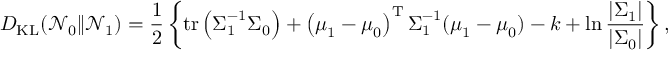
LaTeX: D _ { \mathrm { K L } } ( { \mathcal { N } } _ { 0 } \| { \mathcal { N } } _ { 1 } ) = { \frac { 1 } { 2 } } \left\{ \operatorname { t r } \left( { \boldsymbol { \Sigma } } _ { 1 } ^ { - 1 } { \boldsymbol { \Sigma } } _ { 0 } \right) + \left( { \boldsymbol { \mu } } _ { 1 } - { \boldsymbol { \mu } } _ { 0 } \right) ^ { \mathrm { { T } } } { \boldsymbol { \Sigma } } _ { 1 } ^ { - 1 } ( { \boldsymbol { \mu } } _ { 1 } - { \boldsymbol { \mu } } _ { 0 } ) - k + \ln { \frac { | { \boldsymbol { \Sigma } } _ { 1 } | } { | { \boldsymbol { \Sigma } } _ { 0 } | } } \right\} ,